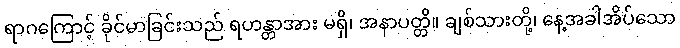
ရာဂကြောင့် ခိုင်မာခြင်းသည် ရဟန္တာအား မရှိ၊ အနာပတ္တိ။ ချစ်သားတို့၊ နေ့အခါအိပ်သော